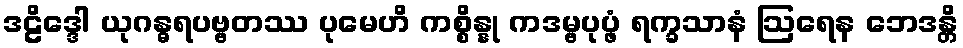
ဒဠိဒ္ဒေါ ယုဂန္ဓရပဗ္ဗတဿ ပုမေဟိ ကစ္စိန္နု ကဒမ္ဗပုပ္ဖံ ရက္ခသာနံ ဩရေန ဘေဒန္တိ